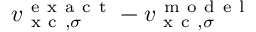
v _ { \mathrm { ~ x ~ c ~ } , \sigma } ^ { \mathrm { ~ e ~ x ~ a ~ c ~ t ~ } } - v _ { \mathrm { ~ x ~ c ~ } , \sigma } ^ { \mathrm { ~ m ~ o ~ d ~ e ~ l ~ } }